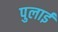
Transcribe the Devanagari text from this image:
पुलाई